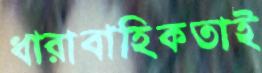
ধারাবাহিকতাই